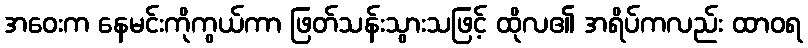
အဝေးက နေမင်းကိုကွယ်ကာ ဖြတ်သန်းသွားသဖြင့် ထိုလ၏ အရိပ်ကလည်း ထာဝရ